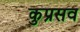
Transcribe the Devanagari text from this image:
कुप्रसव